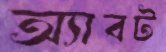
অ্যাবট